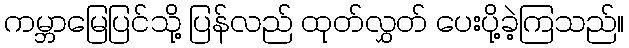
ကမ္ဘာမြေပြင်သို့ ပြန်လည် ထုတ်လွှတ် ပေးပို့ခဲ့ကြသည်။